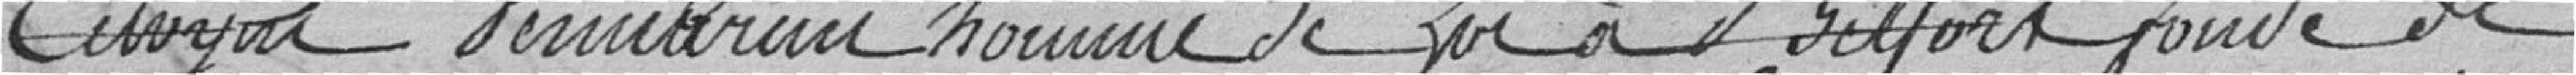
citoyen Permarud homme de loi à Belfort fondé de